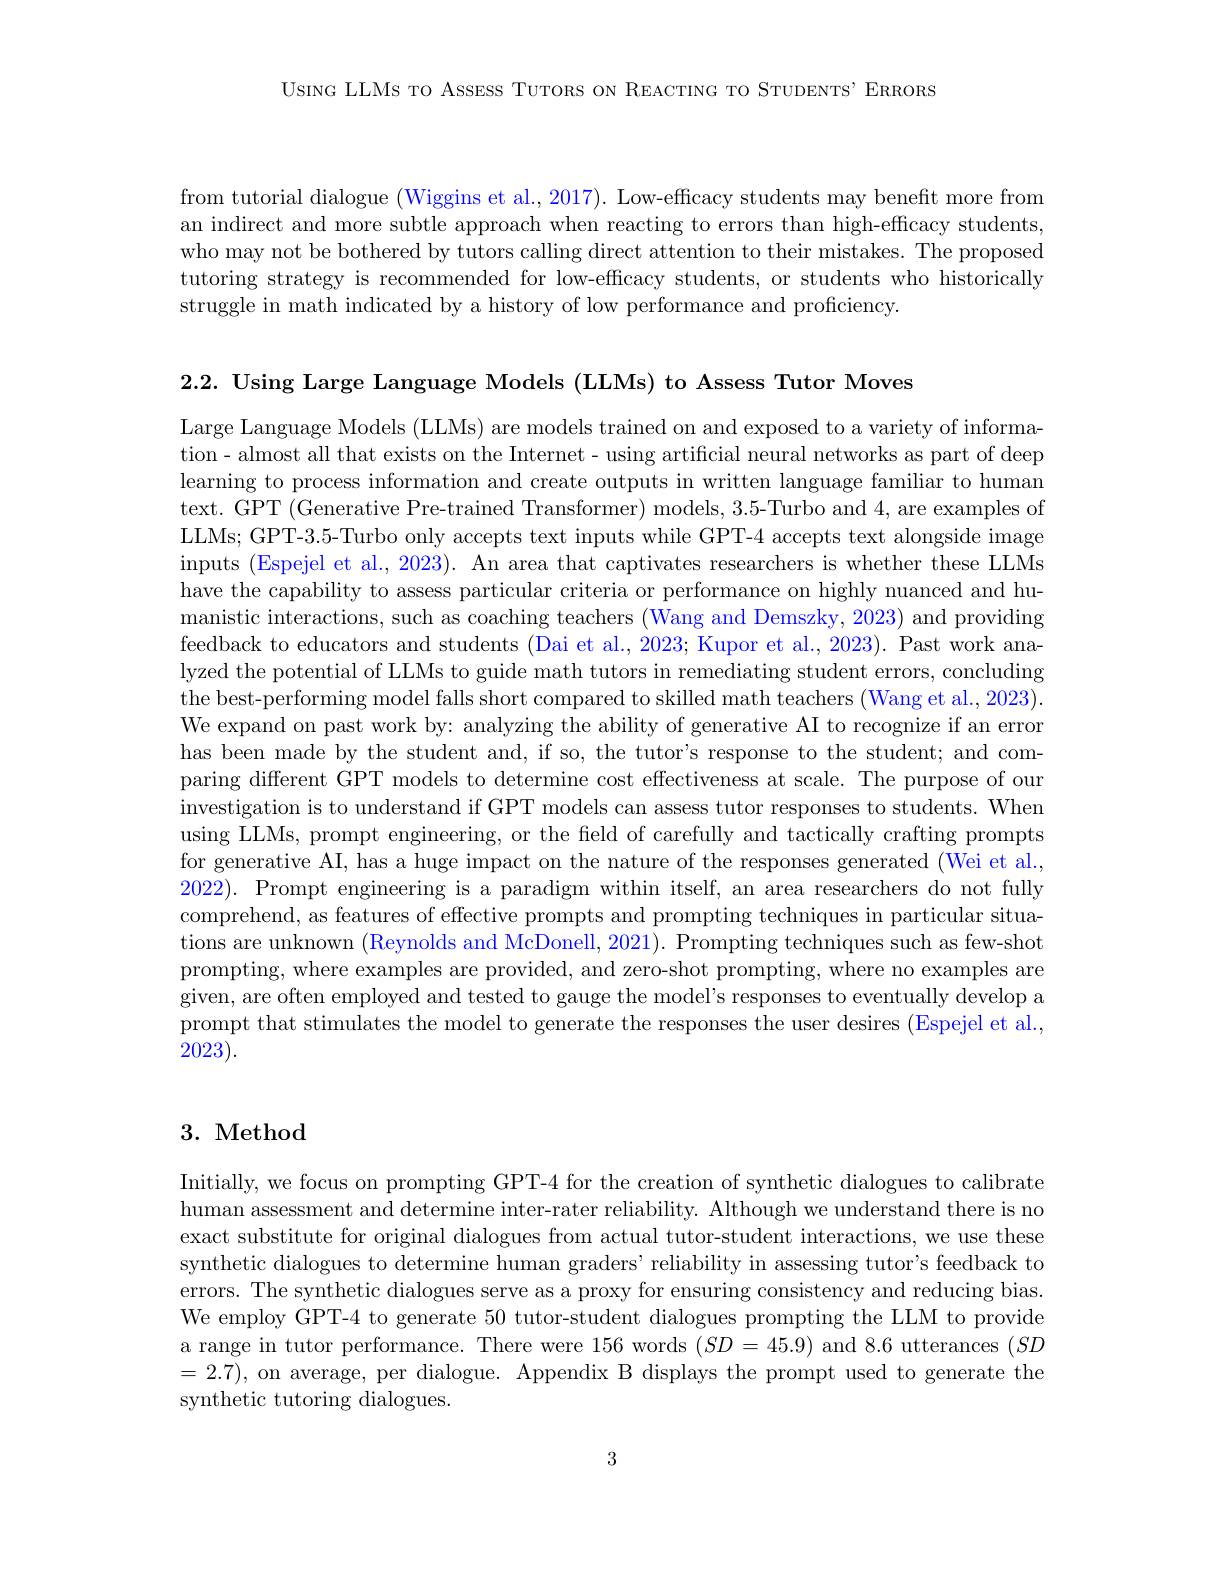
UsING LLMs TO AssEss TUTORS ON REACTING TO STUDENTS' ERRORS

from tutorial dialogue (Wiggins et al., 2017). Low-efficacy students may benefit more from an indirect and more subtle approach when reacting to errors than high-efficacy students, who may not be bothered by tutors calling direct attention to their mistakes. The proposed tutoring strategy is recommended for low-efficacy students, or students who historically struggle in math indicated by a history of low performance and proficiency.

2.2. Using Large Language Models (LLMs) to Assess Tutor Moves

Large Language Models (LLMs) are models trained on and exposed to a variety of information- almost all that exists on the Internet- using artificial neural networks as part of deep learning to process information and create outputs in written language familiar to human text. GPT (Generative Pre-trained Transformer) models, 3.5-Turbo and 4, are examples of LLMs; GPT-3.5-Turbo only accepts text inputs while GPT-4 accepts text alongside image inputs (Espejel et al., 2023). An area that captivates researchers is whether these LLMs have the capability to assess particular criteria or performance on highly nuanced and humanistic interactions, such as coaching teachers (Wang and Demszky, 2023) and providing feedback to educators and students (Dai et al., 2023; Kupor et al., 2023). Past work analyzed the potential of LLMs to guide math tutors in remediating student errors, concluding the best-performing model falls short compared to skilled math teachers (Wang et al., 2023). We expand on past work by: analyzing the ability of generative AI to recognize if an error has been made by the student and, if so, the tutor's response to the student; and comparing different GPT models to determine cost effectiveness at scale. The purpose of our investigation is to understand if GPT models can assess tutor responses to students. When using LLMs, prompt engineering, or the field of carefully and tactically crafting prompts for generative AI, has a huge impact on the nature of the responses generated (Wei et al., 2022). Prompt engineering is a paradigm within itself, an area researchers do not fully comprehend, as features of effective prompts and prompting techniques in particular situations are unknown (Reynolds and McDonell, 2021). Prompting techniques such as few-shot prompting, where examples are provided, and zero-shot prompting, where no examples are given, are often employed and tested to gauge the model's responses to eventually develop a prompt that stimulates the model to generate the responses the user desires (Espejel et al., 2023).

## 3. Method

Initially, we focus on prompting GPT-4 for the creation of synthetic dialogues to calibrate human assessment and determine inter-rater reliability. Although we understand there is no exact substitute for original dialogues from actual tutor-student interactions, we use these synthetic dialogues to determine human graders' reliability in assessing tutor's feedback to errors. The synthetic dialogues serve as a proxy for ensuring consistency and reducing bias. We employ GPT-4 to generate 50 tutor-student dialogues prompting the LLM to provide a range in tutor performance. There were 156 words $(SD=45.9)$ and 8.6 utterances $(SD$ =2.7), on average, per dialogue. Appendix B displays the prompt used to generate the synthetic tutoring dialogues.

3